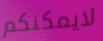
لايمكنكم